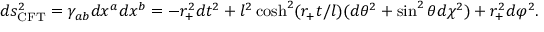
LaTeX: d s _ { \mathrm { C F T } } ^ { 2 } = \gamma _ { a b } d x ^ { a } d x ^ { b } = - r _ { + } ^ { 2 } d t ^ { 2 } + l ^ { 2 } \cosh ^ { 2 } ( r _ { + } t / l ) ( d \theta ^ { 2 } + \sin ^ { 2 } \theta d \chi ^ { 2 } ) + r _ { + } ^ { 2 } d \varphi ^ { 2 } .